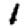
Digit: 1